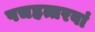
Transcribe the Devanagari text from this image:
पचहत्तरवां